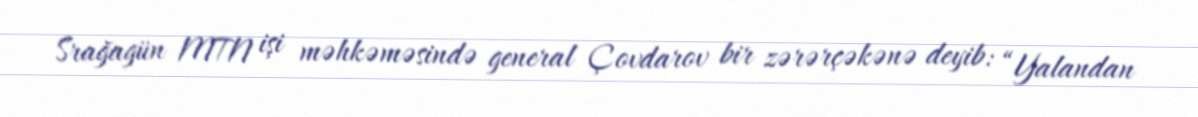
Srağagün MTN işi məhkəməsində general Çovdarov bir zərərçəkənə deyib: “Yalandan